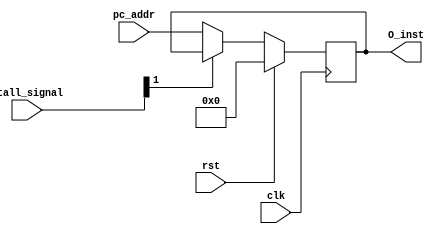
`timescale 1ns / 1ps
//////////////////////////////////////////////////////////////////////////////////
// Module Name: PipelineIFID
//////////////////////////////////////////////////////////////////////////////////


module PipelineIFID(
    input wire clk,
    input wire rst,
    input wire[31:0] pc_addr,
    input wire[3:0] stall_signal,

    output reg[31:0] O_inst
    );

    always @(posedge clk) begin
        if(rst)
            O_inst <= 32'h0000_0000;
        else if(stall_signal[1] == 0)
            O_inst <= pc_addr;
        else begin
            // do nothing, stalling
        end
    end
endmodule